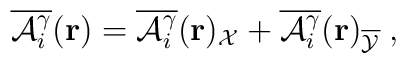
\overline{{\cal{A}}_{i}^{\gamma}}({\bf{r}})=\overline{{\cal{A}}_{i}^{\gamma}}({\bf{r}})_{\cal X}+\overline{{\cal{A}}_{i}^{\gamma}}({\bf{r}})_{\overline{\cal Y}}\;,